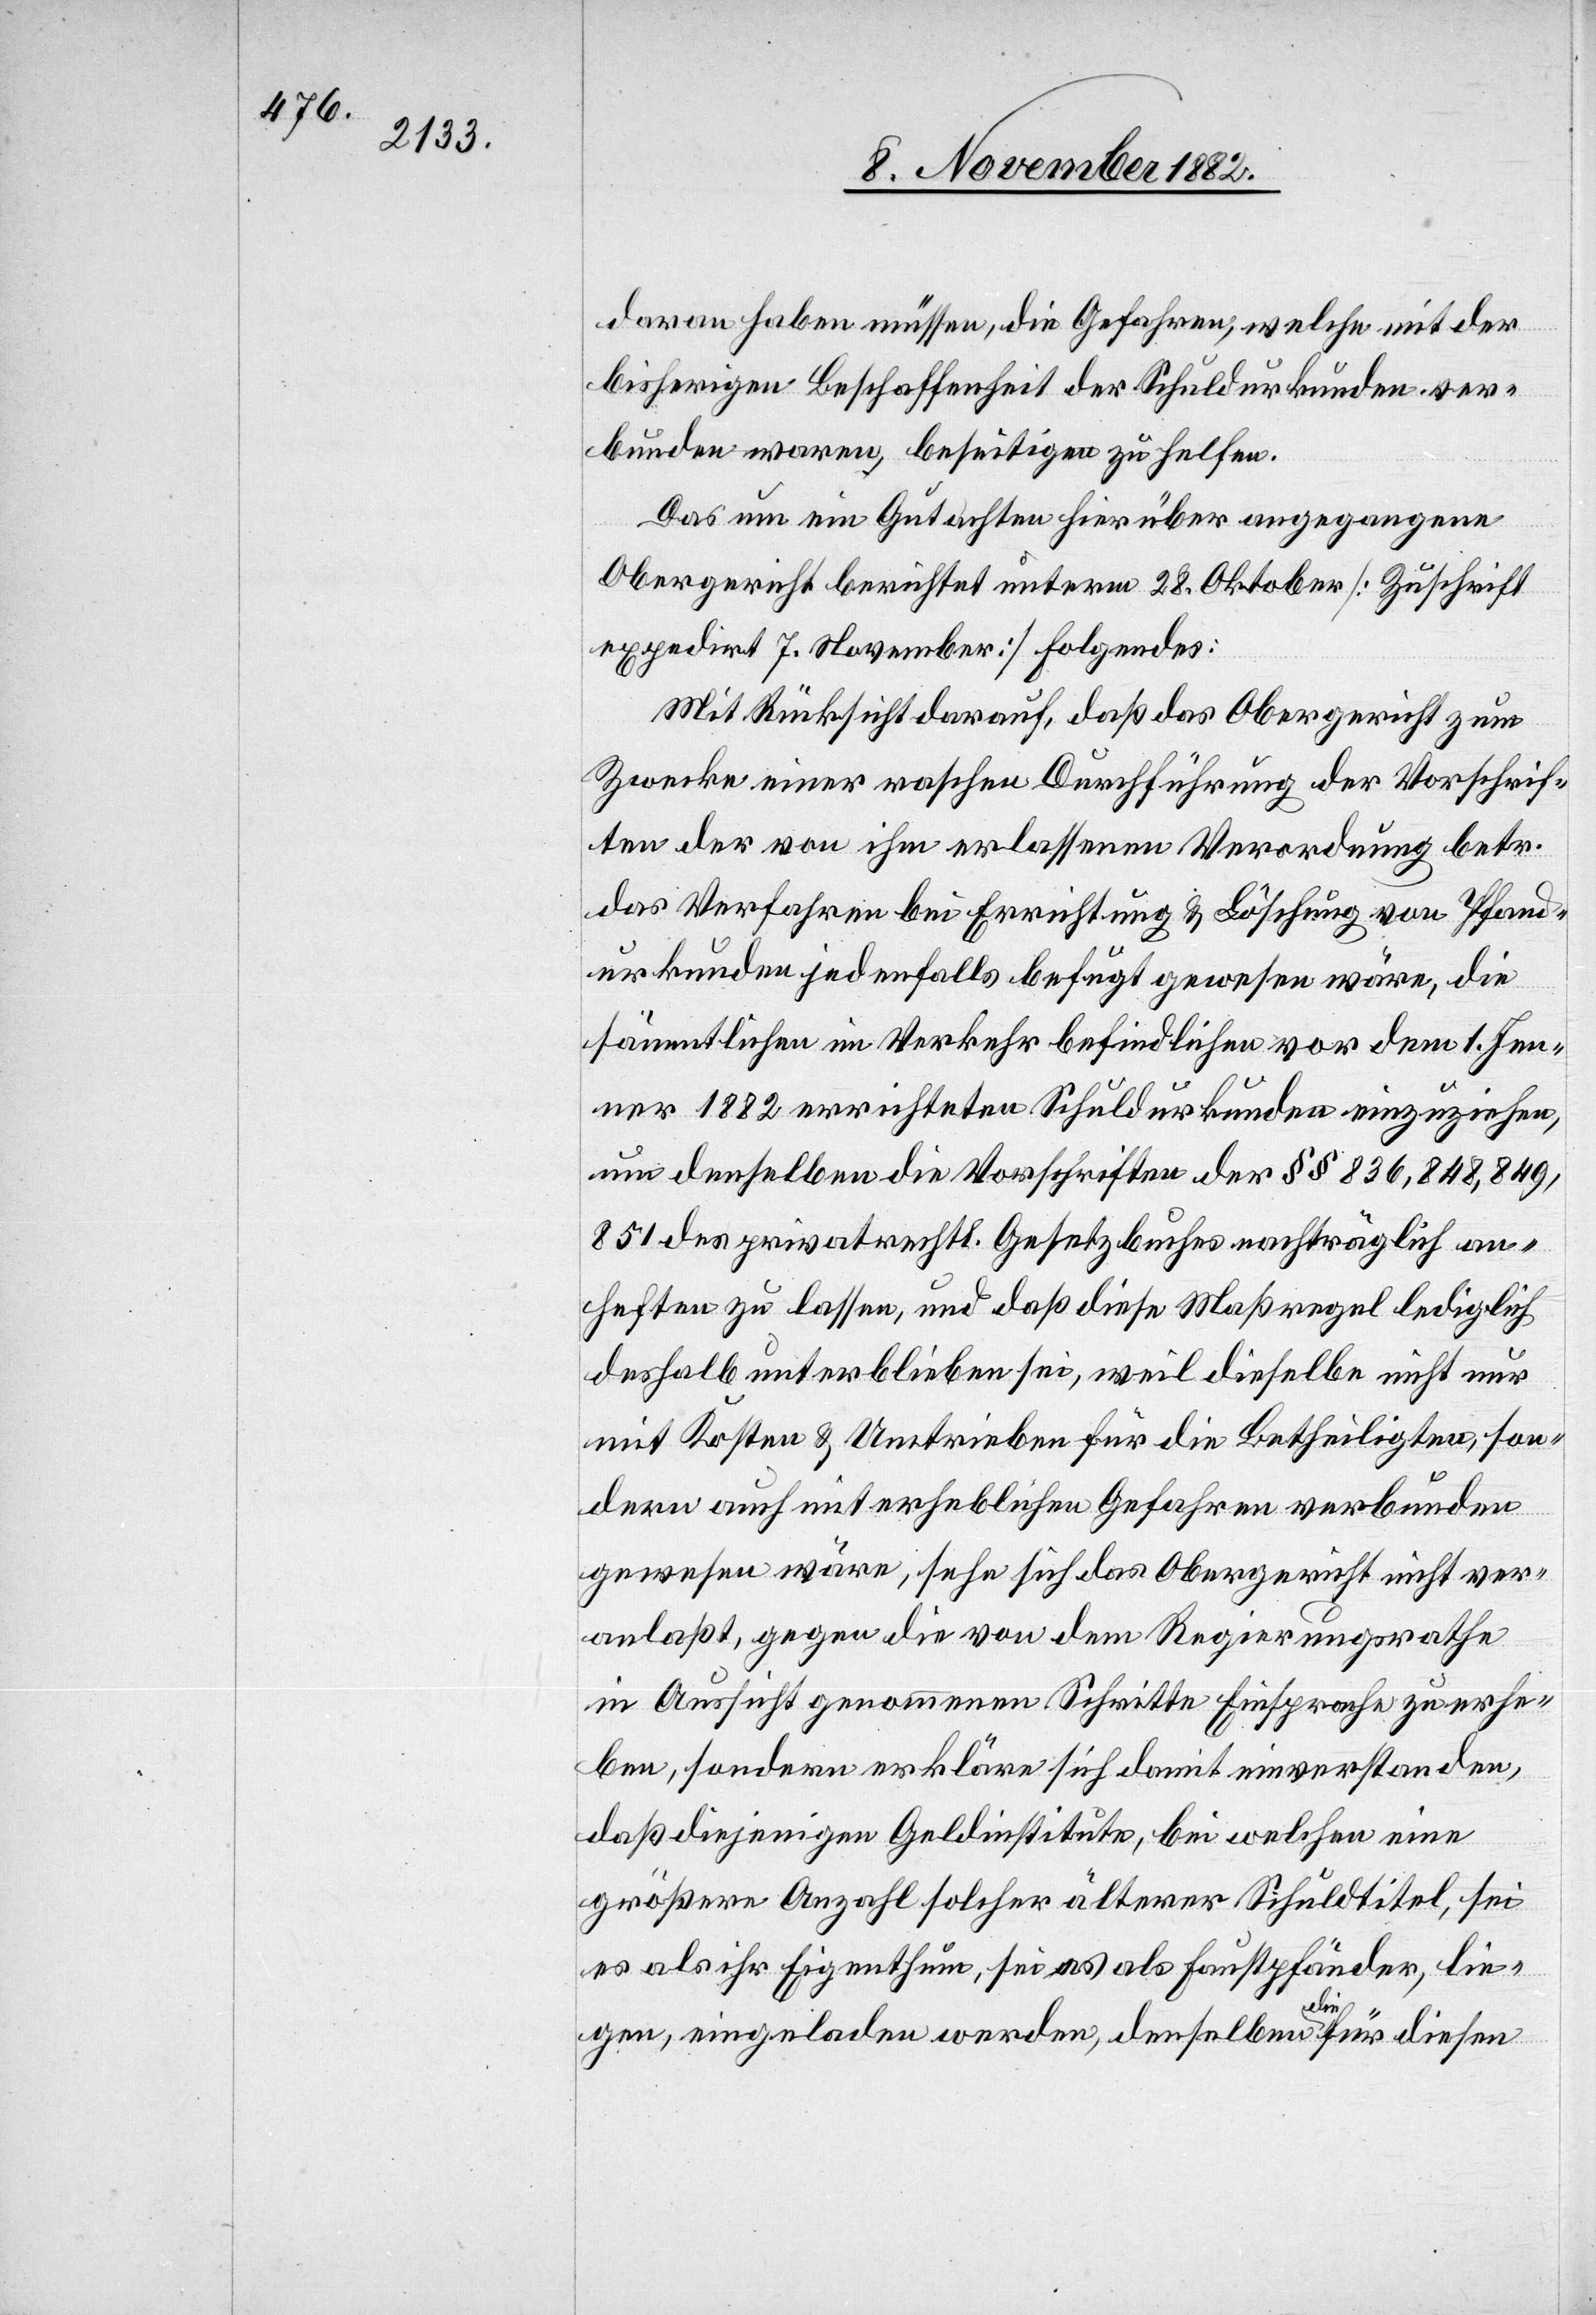
daran haben müssen, die Gefahren, welche mit der
bisherigen Beschaffenheit der Schuldurkunden ver¬
bunden waren, beseitigen zu helfen.
Das um ein Gutachten hierüber angegangene
Obergericht berichtet unterm 28. Oktober [Zuschrift
expedirt 7. November] Folgendes:
Mit Rücksicht darauf, daß das Obergericht zum
Zwecke einer raschen Durchführung der Vorschrif¬
ten der von ihm erlassenen Verordnung betr.
das Verfahren bei Errichtung & Löschung von Pfand¬
urkunden jedenfalls befugt gewesen wäre, die
sämmtlichen im Verkehr befindlichen vor dem 1. Jen¬
ner 1882 errichteten Schuldurkunden einzuziehen,
um denselben die Vorschriften der §§ 836, 848, 849,
851 des privatrechtl. Gesetzbuches nachträglich an¬
heften zu lassen, und daß diese Maßregel lediglich
deshalb unterblieben sei, weil dieselbe nicht nur
mit Kosten & Umtreiben für die Betheiligten son¬
dern auch mit erheblichen Gefahren verbunden
gewesen wäre, sehe sich das Obergericht nicht ver¬
anlaßt, gegen die von dem Regierungsrathe
in Aussicht genommenen Schritte Einsprache zu erhe¬
ben, sondern erkläre sich damit einverstanden,
daß diejenigen Geldinstitute, bei welchen eine
größere Anzahl solcher älterer Schuldtitel, sei
es als ihr Eigenthum, sei es als Faustpfänder, lie¬
gen, eingeladen werden, denselben die für diesen